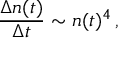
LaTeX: \frac { \Delta n ( t ) } { \Delta t } \sim n ( t ) ^ { 4 } \, ,